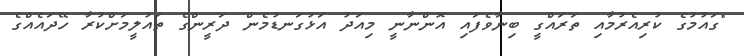
"ގައުމުގެ ކުރިއެރުމާއި ތަރައްގީ ބިނާވެފައި އޮންނާނީ މިއަދު އަޅުގަނޑުމެން ދަރީންގެ ތައުލީމަށްކުރާ ހޭދައެއްގެ